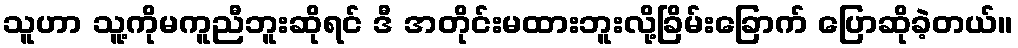
သူဟာ သူ့ကိုမကူညီဘူးဆိုရင် ဒီ အတိုင်းမထားဘူးလို့ခြိမ်းခြောက် ပြောဆိုခဲ့တယ်။